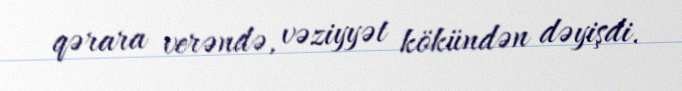
qərara verəndə, vəziyyət kökündən dəyişdi.